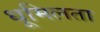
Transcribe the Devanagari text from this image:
धूमिलता